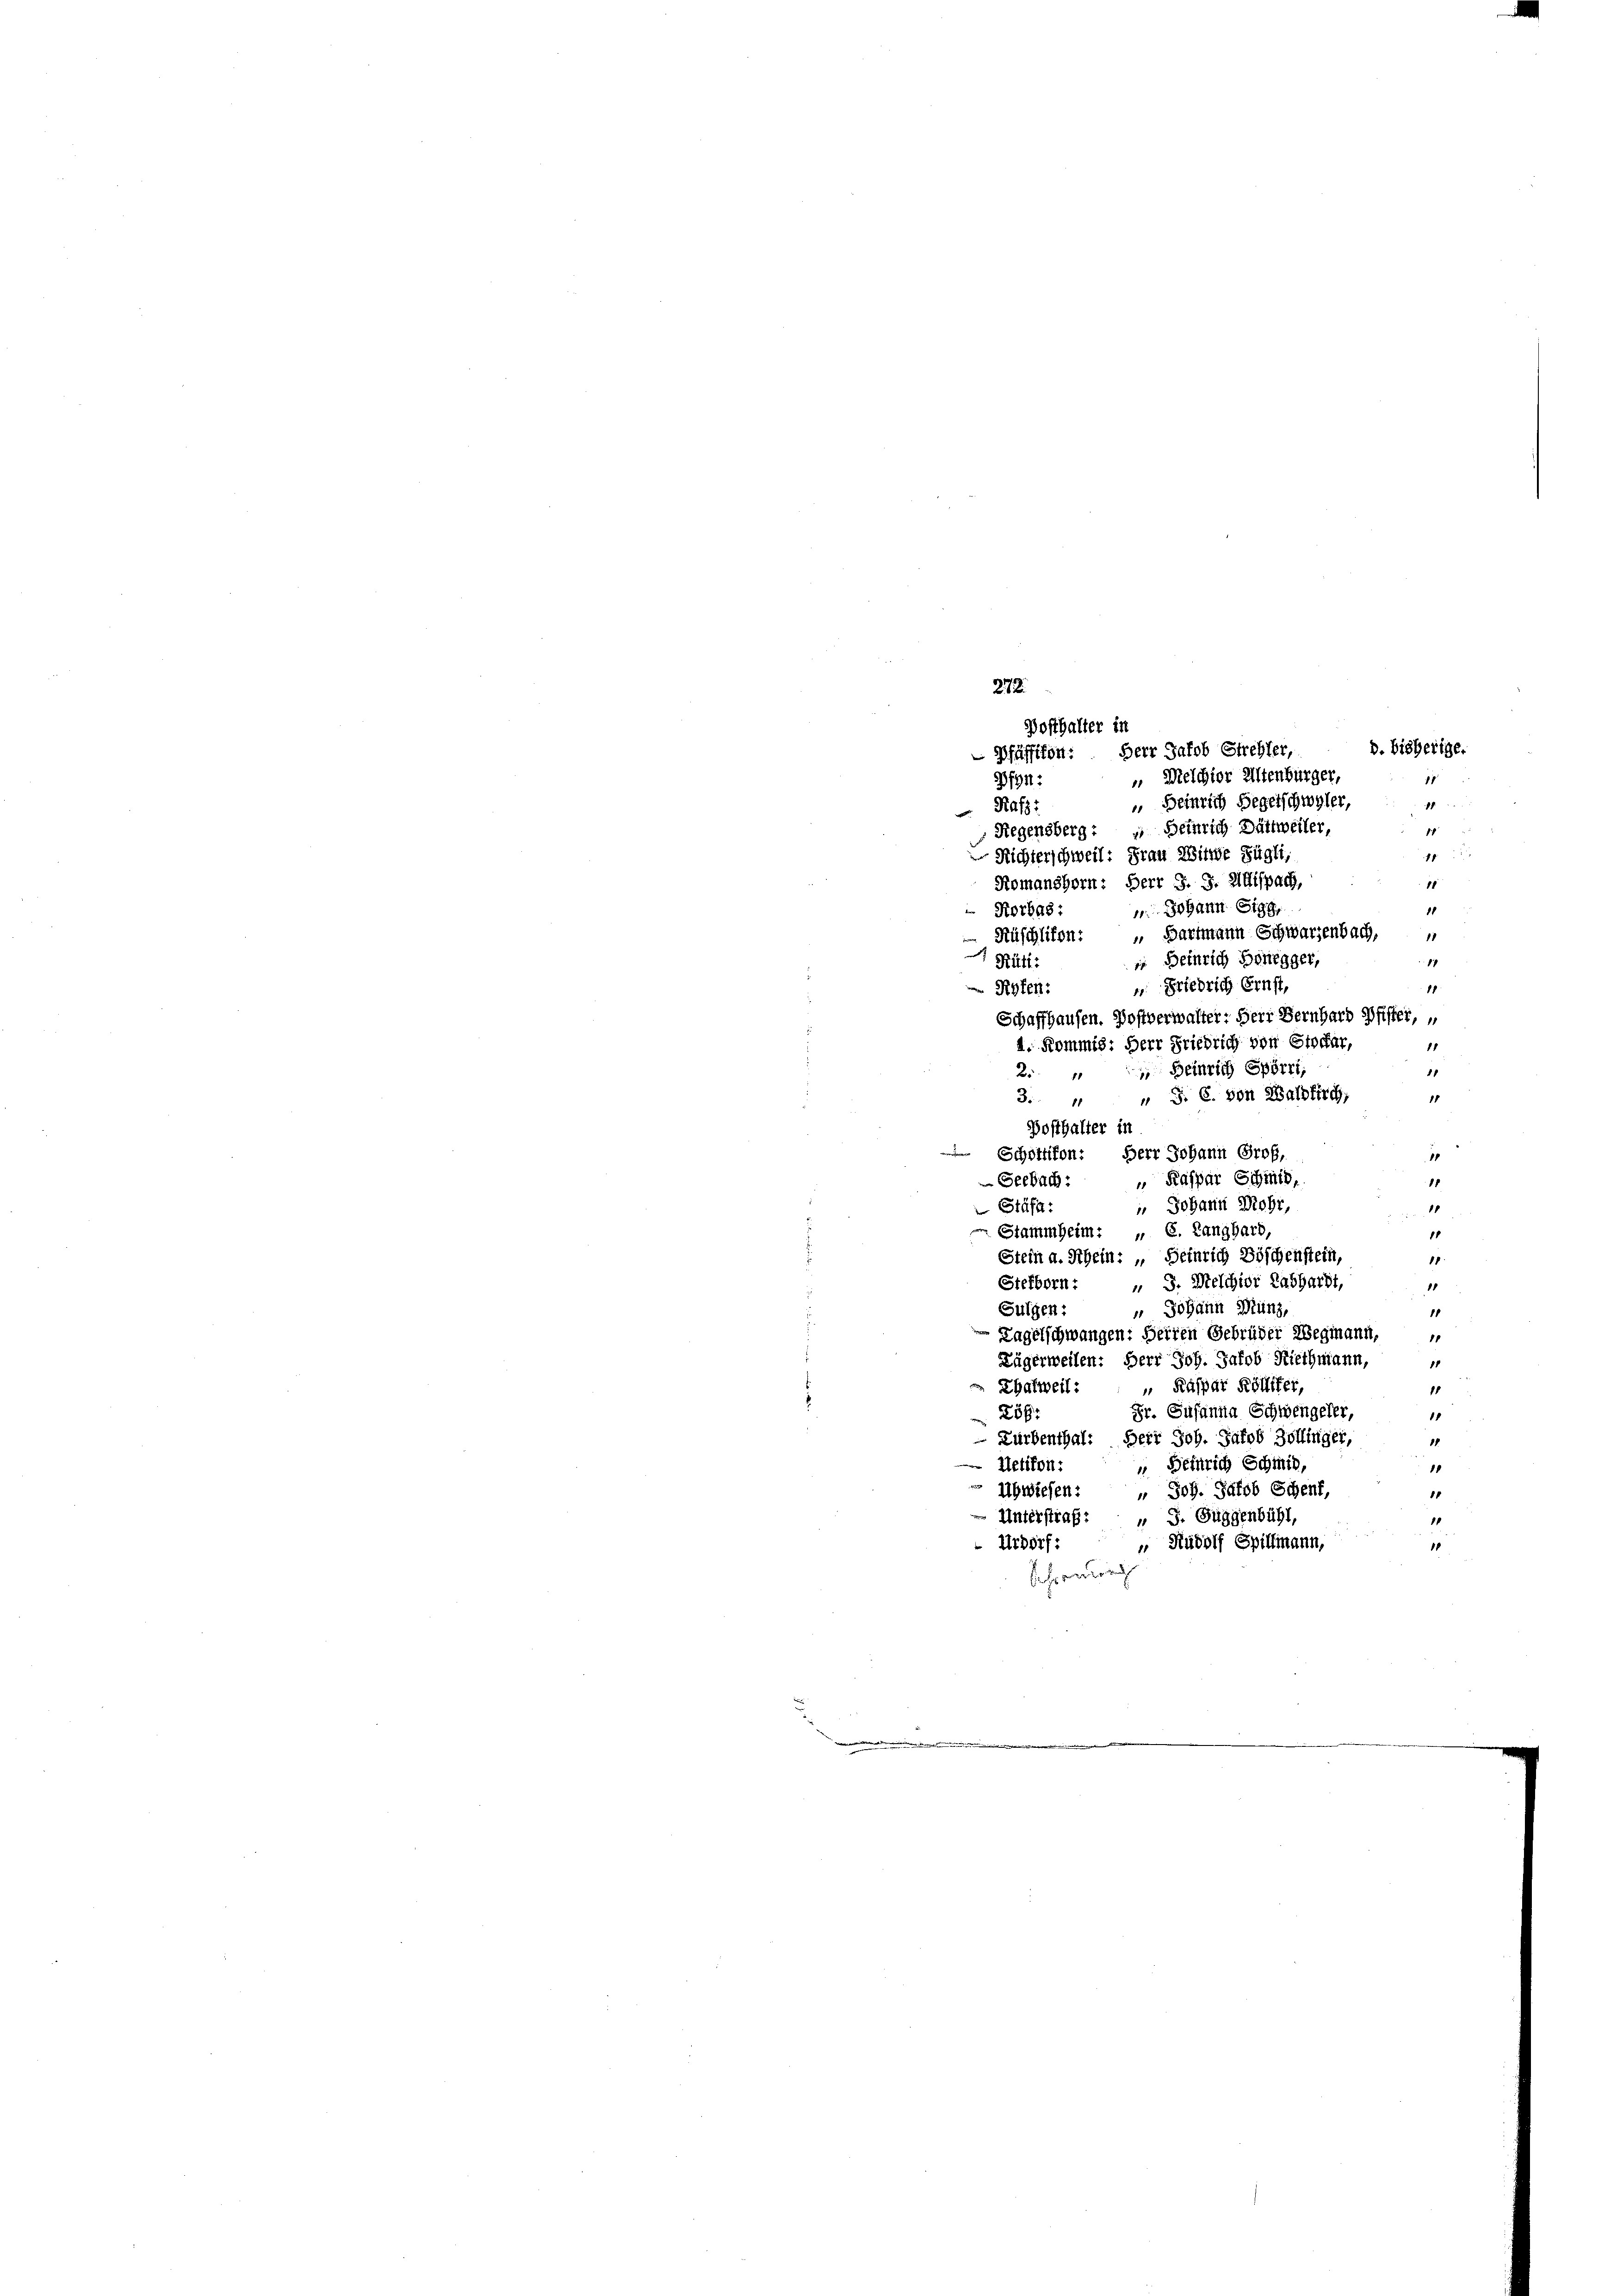
Heinrich Hegetschwyler,
18
Rafs:
1
Regensberg: " Heinrich Dättweiler,
18
Richterschweil: Frau Witwe Fügli,
Romanshorn: Herr J. J. AGispach,
1
11
 Johann Sigg,
Rorbas:
 Bartmann Schwarzenbach,
Küschlikon:
17
 Beinrich Benegger,
Rüti.
u. Friedrich Ernst,
11
Ryfen:
Schaffhausen. Postverwalter: Herr Bernhard Pfister,
4. Kommis: Herr Friedrich von Stoffar,
1
 Deinrich Spörri,
1
25. 11
3. " " J. C. von Waldkirch
1
Bosthalter in
 Schottifon: Herr Johann Grob,
1
 Kaspar Schmid,
 Seebach
11
Johann Mohr,
.
Stäfa,
11
Stammheim: „ C. Langhard,
11
Stein a. Schein: „Heinrich Böschenstein,
11
Stefforn: " J. Melchior Labhardt,
11
 Johann Münz,
Sulgen:
11
Kagelschwangen: Herren Gebrüder Wegmann, "
Zügerweilen: Herr Joh. Jakob Riethmann,
11
 Kaspar Röttifer,
Zbatweil:
1
Fr. Susanna Schwengeler,
256:
1
Zürbenthal: Herr Joh. Jakob Zollinger,
18
Betürich Schmid,
Uetikon:
1
Abwiesen: " Joh. Jakob Schent,
11
Unterstraf: „ J. Guggenbühl,
1
 Rudolf Spillmann,
Urdorf:
Sehr wo

272.
Posthalter in
D. bisherige.
 Pfäffikon: Herr Jakob Strehler,
 Melchior Altenburger,
1
Pfyn: